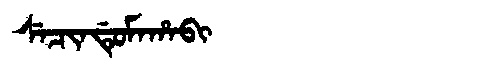
Manchu: ᠰᡝᠴᡳᠨᡩᡠᠮᠠᡥᠠᠪᡳ
Romanization: SECINDUMAHABI